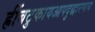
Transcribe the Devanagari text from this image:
ह्रींबटुकायआपदुद्धारणाय